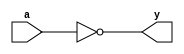
module inverter(
    input a,
    output y
);

not(y,a);

endmodule